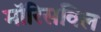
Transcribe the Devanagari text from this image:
मॉरिसविल